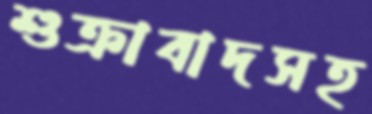
শুক্রাবাদসহ